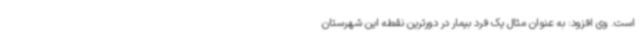
است. وی افزود: به عنوان مثال یک فرد بیمار در دورترین نقطه این شهرستان